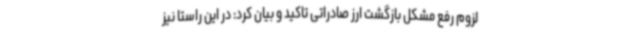
لزوم رفع مشکل بازگشت ارز صادراتی تاکید و بیان کرد: در این راستا نیز